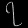
Digit: ၇